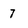
Character: 7